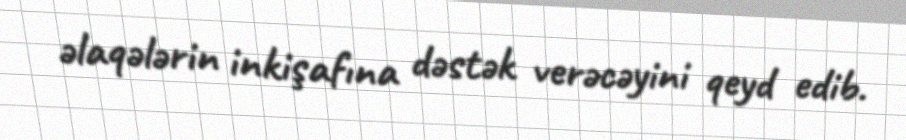
əlaqələrin inkişafına dəstək verəcəyini qeyd edib.